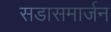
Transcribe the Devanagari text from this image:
सडासमार्जन